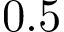
0 . 5